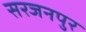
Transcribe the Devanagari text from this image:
सरजनपुर